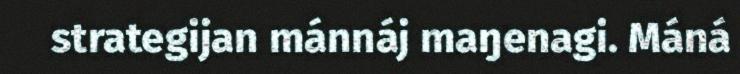
strategijan mánnáj maŋenagi. Máná